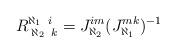
LaTeX: \begin{align*}R_{\;\aleph_2 \; \;k}^{\aleph_1 \;\; i} = J_{\aleph_2}^{im} (J^{mk}_{\aleph_1})^{-1}\end{align*}